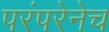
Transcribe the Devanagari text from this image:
परंपरेनेच